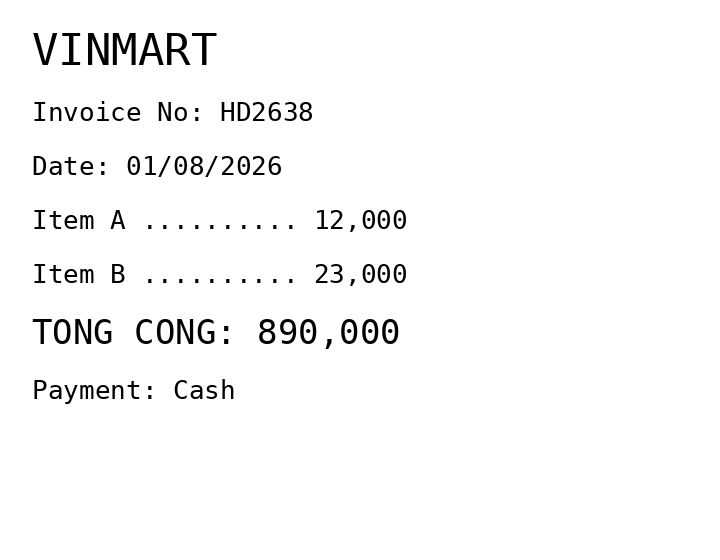
VINMART
Invoice No: HD2638
Date: 01/08/2026
Item A .......... 12,000
Item B .......... 23,000
TONG CONG: 890,000
Payment: Cash
Merchant: vinmart
Date: 2026-08-01
Total: 890000
Invoice No: HD2638
Payment method: CASH